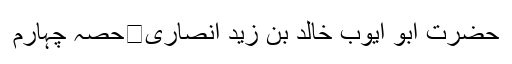
حضرت ابو ایوب خالد بن زید انصاری	حصہ چہارم